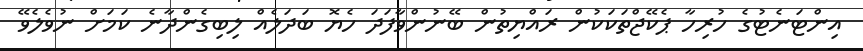
އިންޓަނެޓުގެ ހުރިހާ ޕެކޭޖްތަކަކުން ރައްޔިތުން ބޭނުންވާފަދަ ހެޔޮ ބަދަލެއް ލިބިގެންދާނެ ކަމަށް ނުވެލެވޭ